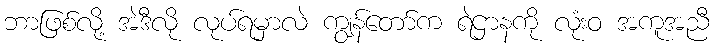
ဘာဖြစ်လို့ အဲဒီလို လုပ်ရမှာလဲ ကျွန်တော်က ရဲဌာနကို လုံးဝ အကူအညီ